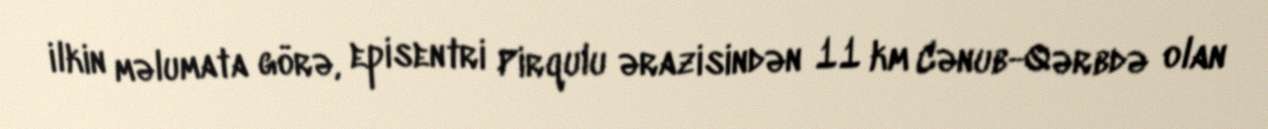
ilkin məlumata görə, episentri Pirqulu ərazisindən 11 km Cənub-Qərbdə olan